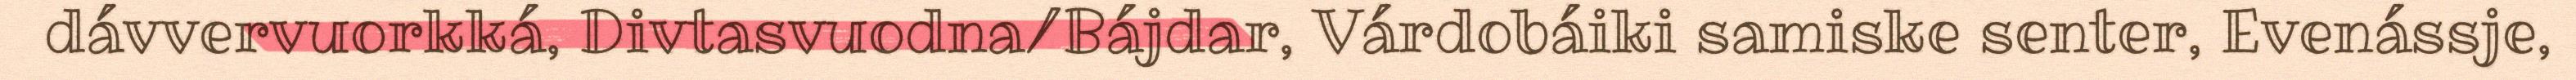
dávvervuorkká, Divtasvuodna/Bájdar, Várdobáiki samiske senter, Evenássje,